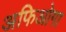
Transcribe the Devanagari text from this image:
अफिओगा